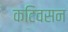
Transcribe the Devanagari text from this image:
कटिवसन